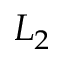
L _ { 2 }